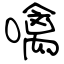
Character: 噙